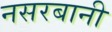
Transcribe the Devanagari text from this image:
नसरबानी